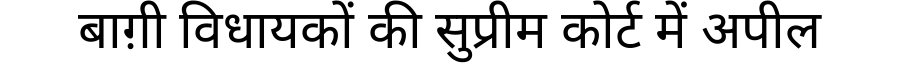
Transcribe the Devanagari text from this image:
बाग़ी विधायकों की सुप्रीम कोर्ट में अपील